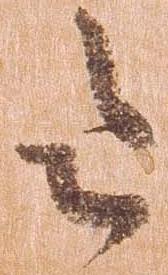
令